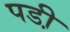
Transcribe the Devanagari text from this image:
पडी़